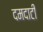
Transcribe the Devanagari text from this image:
दमदाटी